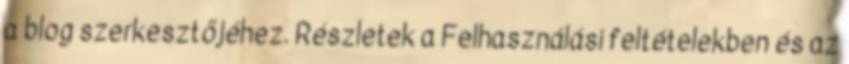
a blog szerkesztőjéhez. Részletek a Felhasználási feltételekben és az